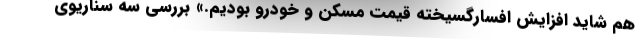
هم شاید افزایش افسارگسیخته قیمت مسکن و خودرو بودیم.» بررسی سه سناریوی